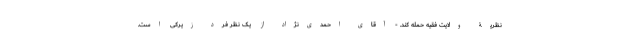
نظریۀ ولایت فقیه حمله کند. - آقای احمدی‌نژاد از یک نظر فرد زیرکی است.